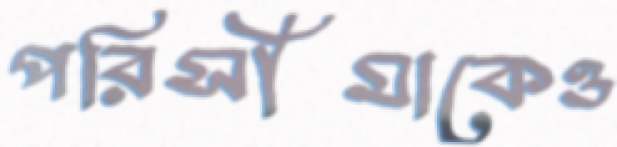
পরিসীমাকেও